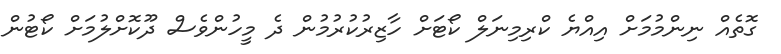
ގޮތެއް ނިންމުމަށް އިއްޔެ ކްރިމިނަލް ކޯޓަށް ހާޒިރުކުރުމުން ދެ މީހުންވެސް ދޫކޮށްލުމަށް ކޯޓުން